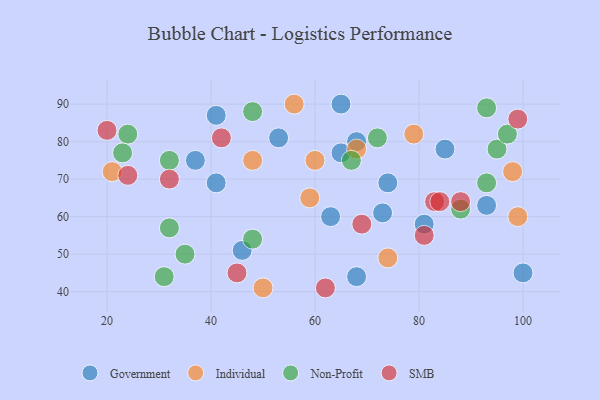
{"axis": {"x": "GDP", "y": "Life Expectancy"}, "legend": ["Government", "Individual", "Non-Profit", "SMB"], "data": [{"x": "74", "y": 69, "type": "Government"}, {"x": "73", "y": 61, "type": "Government"}, {"x": "81", "y": 58, "type": "Government"}, {"x": "41", "y": 87, "type": "Government"}, {"x": "85", "y": 78, "type": "Government"}, {"x": "100", "y": 45, "type": "Government"}, {"x": "63", "y": 60, "type": "Government"}, {"x": "65", "y": 90, "type": "Government"}, {"x": "53", "y": 81, "type": "Government"}, {"x": "41", "y": 69, "type": "Government"}, {"x": "93", "y": 63, "type": "Government"}, {"x": "68", "y": 44, "type": "Government"}, {"x": "65", "y": 77, "type": "Government"}, {"x": "46", "y": 51, "type": "Government"}, {"x": "68", "y": 80, "type": "Government"}, {"x": "37", "y": 75, "type": "Government"}, {"x": "79", "y": 82, "type": "Individual"}, {"x": "21", "y": 72, "type": "Individual"}, {"x": "98", "y": 72, "type": "Individual"}, {"x": "48", "y": 75, "type": "Individual"}, {"x": "59", "y": 65, "type": "Individual"}, {"x": "68", "y": 78, "type": "Individual"}, {"x": "99", "y": 60, "type": "Individual"}, {"x": "56", "y": 90, "type": "Individual"}, {"x": "60", "y": 75, "type": "Individual"}, {"x": "74", "y": 49, "type": "Individual"}, {"x": "50", "y": 41, "type": "Individual"}, {"x": "95", "y": 78, "type": "Non-Profit"}, {"x": "93", "y": 89, "type": "Non-Profit"}, {"x": "31", "y": 44, "type": "Non-Profit"}, {"x": "48", "y": 54, "type": "Non-Profit"}, {"x": "93", "y": 69, "type": "Non-Profit"}, {"x": "32", "y": 57, "type": "Non-Profit"}, {"x": "32", "y": 75, "type": "Non-Profit"}, {"x": "24", "y": 82, "type": "Non-Profit"}, {"x": "48", "y": 88, "type": "Non-Profit"}, {"x": "97", "y": 82, "type": "Non-Profit"}, {"x": "23", "y": 77, "type": "Non-Profit"}, {"x": "88", "y": 62, "type": "Non-Profit"}, {"x": "35", "y": 50, "type": "Non-Profit"}, {"x": "67", "y": 75, "type": "Non-Profit"}, {"x": "72", "y": 81, "type": "Non-Profit"}, {"x": "69", "y": 58, "type": "SMB"}, {"x": "20", "y": 83, "type": "SMB"}, {"x": "83", "y": 64, "type": "SMB"}, {"x": "24", "y": 71, "type": "SMB"}, {"x": "45", "y": 45, "type": "SMB"}, {"x": "84", "y": 64, "type": "SMB"}, {"x": "88", "y": 64, "type": "SMB"}, {"x": "99", "y": 86, "type": "SMB"}, {"x": "62", "y": 41, "type": "SMB"}, {"x": "42", "y": 81, "type": "SMB"}, {"x": "81", "y": 55, "type": "SMB"}, {"x": "32", "y": 70, "type": "SMB"}]}